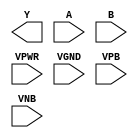
module sky130_fd_sc_hdll__nand2 (
    Y   ,
    A   ,
    B   ,
    VPWR,
    VGND,
    VPB ,
    VNB
);

    output Y   ;
    input  A   ;
    input  B   ;
    input  VPWR;
    input  VGND;
    input  VPB ;
    input  VNB ;
endmodule